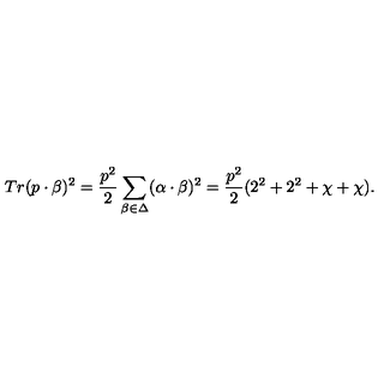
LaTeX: T r ( p \cdot \beta ) ^ { 2 } = { \frac { p ^ { 2 } } { 2 } } \sum _ { \beta \in \Delta } ( \alpha \cdot \beta ) ^ { 2 } = { \frac { p ^ { 2 } } { 2 } } ( 2 ^ { 2 } + 2 ^ { 2 } + \chi + \chi ) .